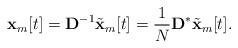
LaTeX: \begin{align*} \mathbf{x}_m[t] =\mathbf{D}^{-1} \tilde{\mathbf{x}}_m[t]=\frac{1}{N}\mathbf{D}^{*}\tilde{\mathbf{x}}_m[t].\end{align*}